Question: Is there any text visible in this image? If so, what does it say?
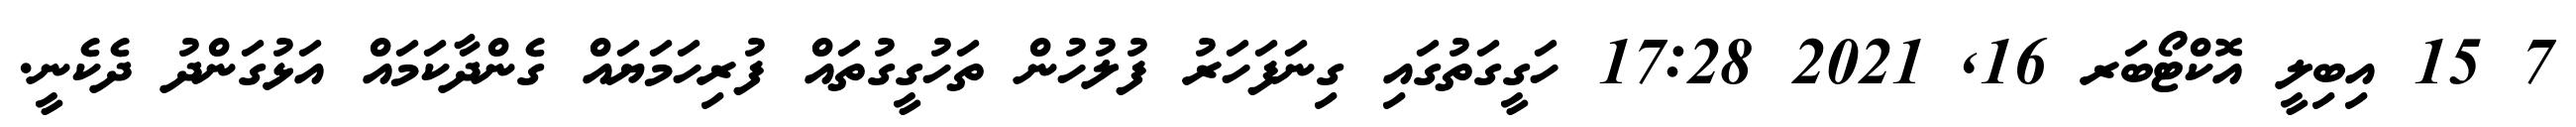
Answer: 7 15 އިބިލީ އޮކްޓޯބަރ 16, 2021 17:28 ހަގީގަތުގައި ގިނަފަހަރު ފުލުހުން ތަހުގީގުތައް ފުރިހަމަޔައް ގެންދާކަމައް އަޅުގަންދު ދެކެނީ.